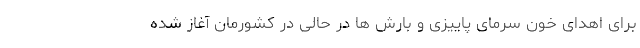
برای اهدای خون سرمای پاییزی و بارش ها در حالی در کشورمان آغاز شده